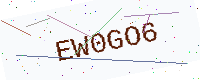
Text: EW0GO6